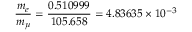
\frac { m _ { e } } { m _ { \mu } } = \frac { 0 . 5 1 0 9 9 9 } { 1 0 5 . 6 5 8 } = 4 . 8 3 6 3 5 \times 1 0 ^ { - 3 }